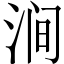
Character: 涧